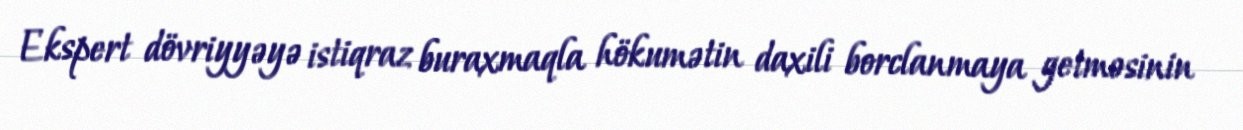
Ekspert dövriyyəyə istiqraz buraxmaqla hökumətin daxili borclanmaya getməsinin